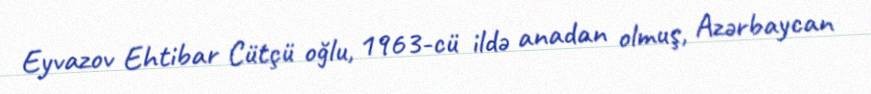
Eyvazov Ehtibar Cütçü oğlu, 1963-cü ildə anadan olmuş, Azərbaycan